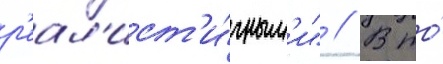
р'еал'ист'и́чным'и" // В то́